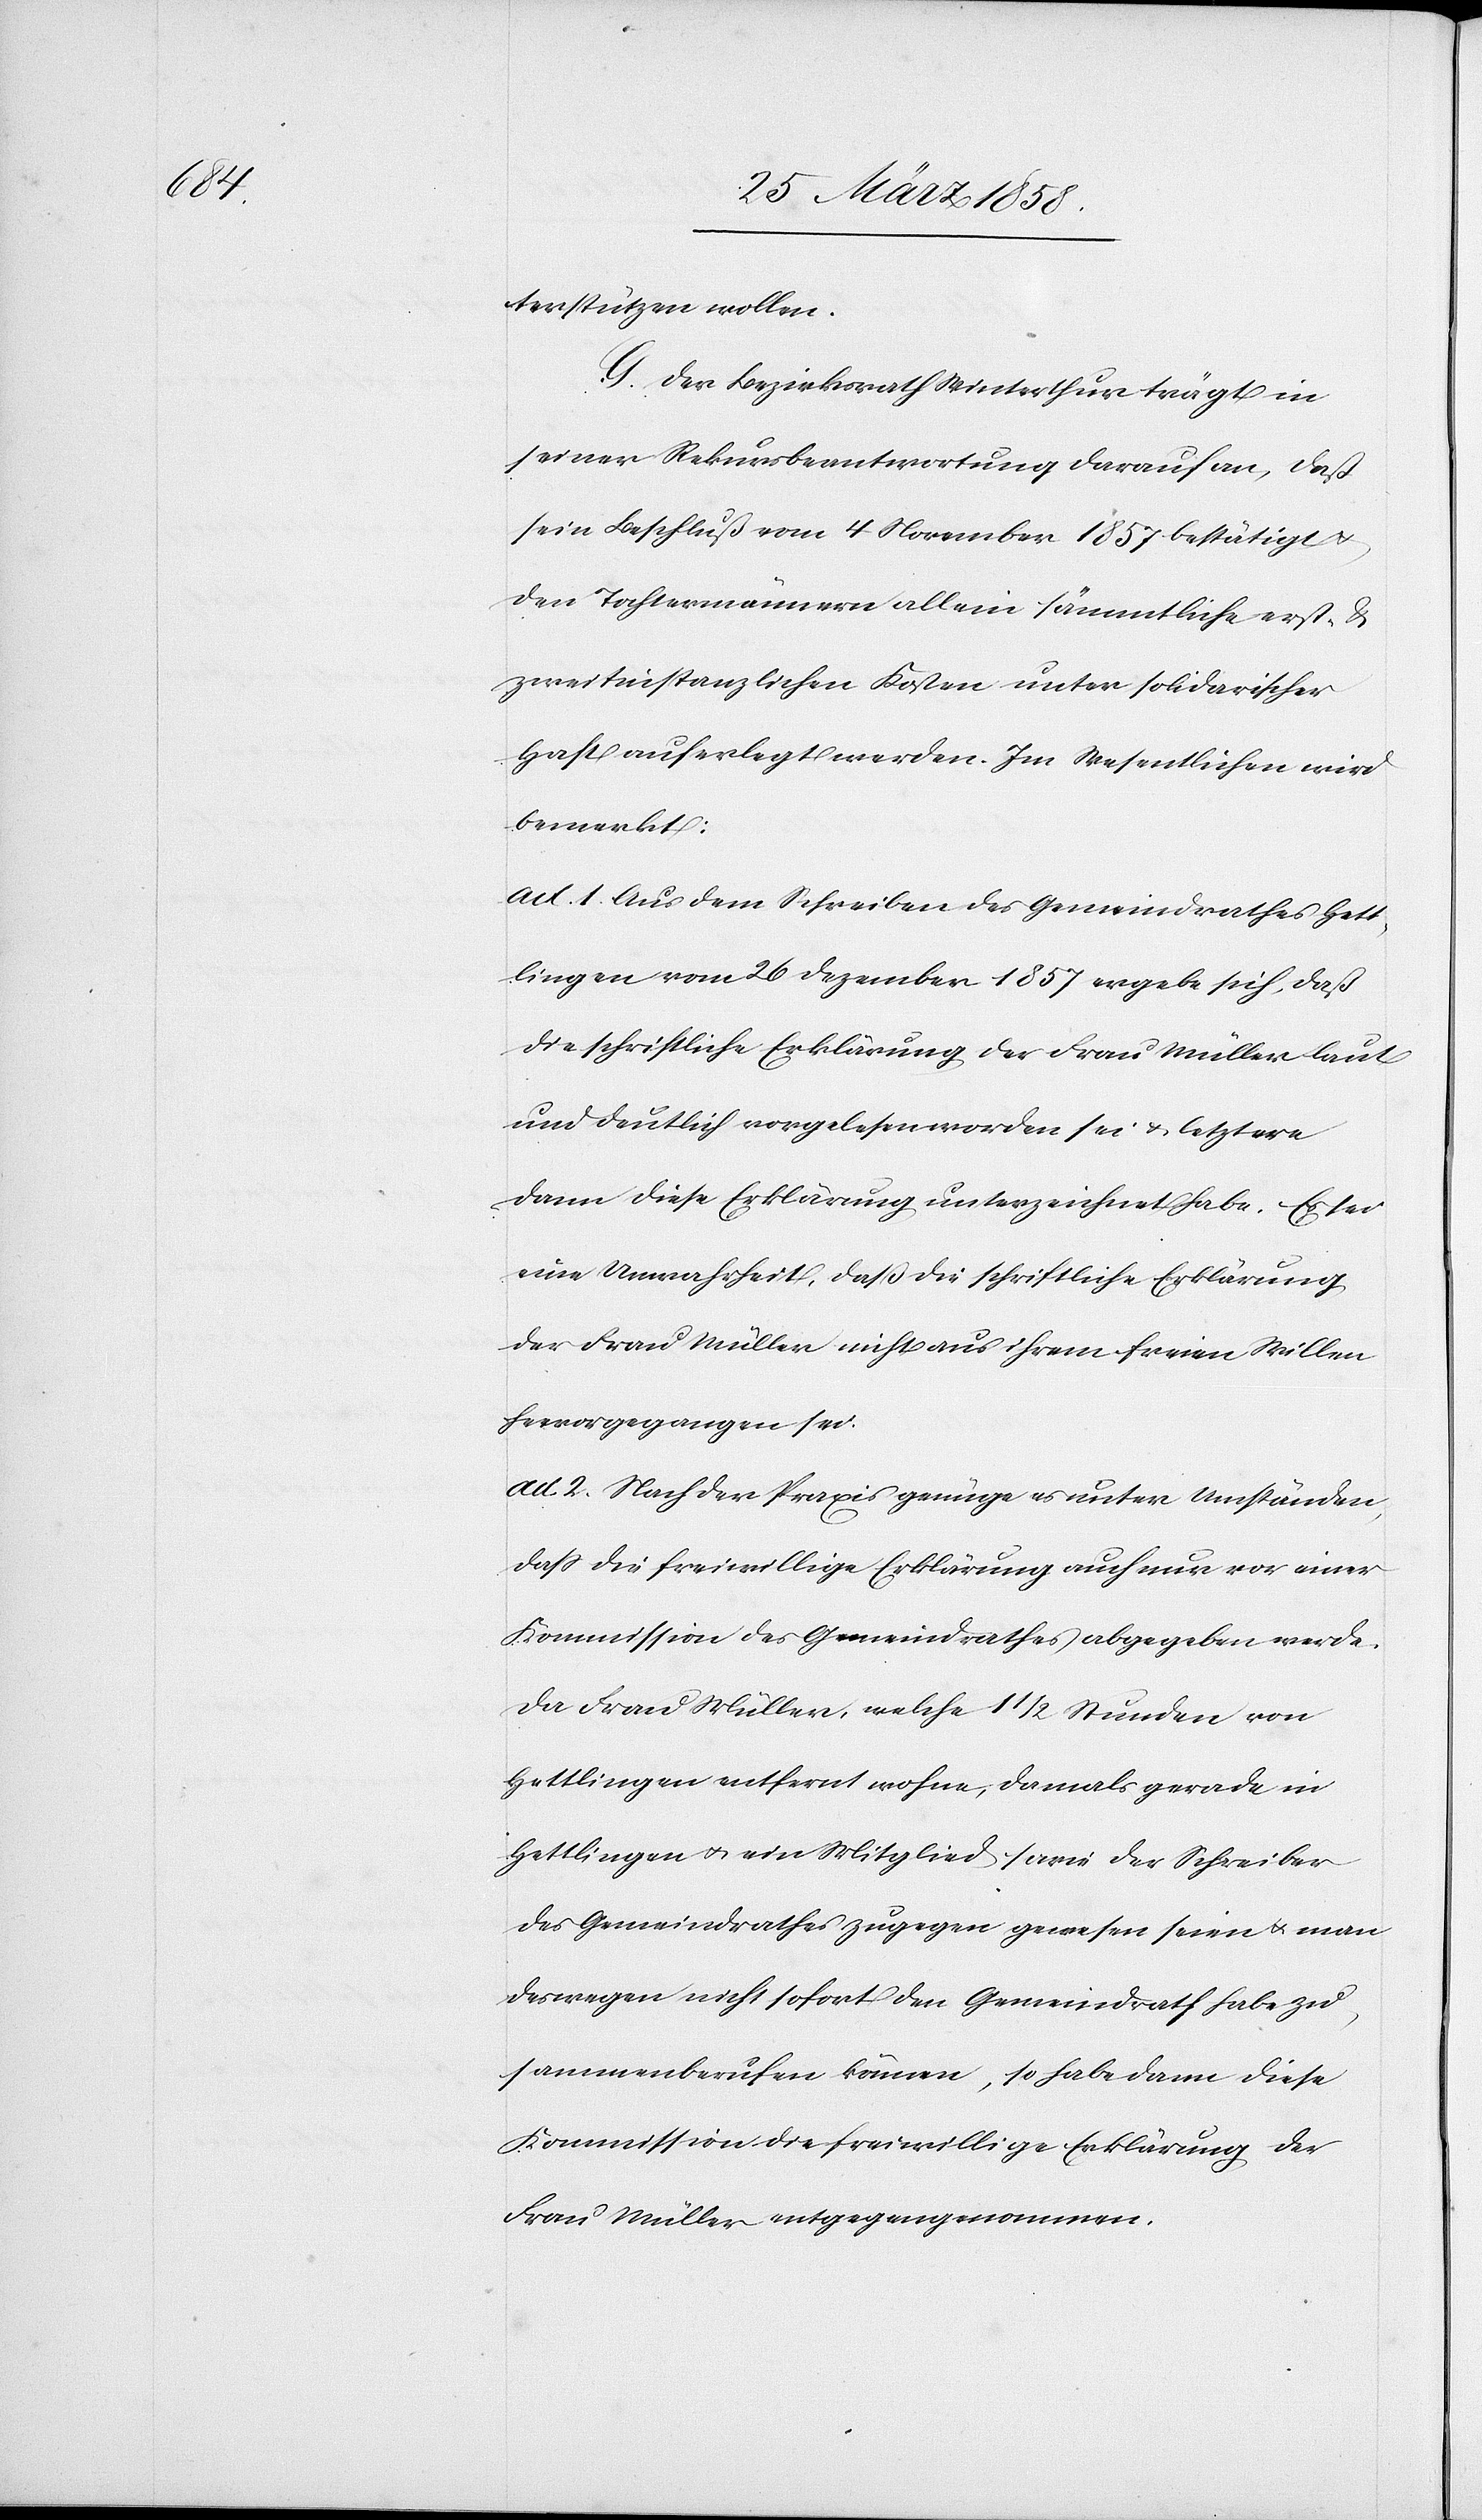
terstützen wollen.
G. Der Bezirksrath Winterthur trägt in
seiner Rekursbeantwortung darauf an, daß
sein Beschluß vom 4. November 1857 bestätigt u.
den Tochtermännern allein sämmtliche erst- &
zweitinstanzlichen Kosten unter solidarischer
Haft auferlegt werden. Im Wesentlichen wird
bemerkt:
ad. 1. Aus dem Schreiben des Gemeindrathes Hett¬
lingen vom 26. Dezember 1857 ergebe sich, daß
die schriftliche Erklärung der Frau Müller laut
und deutlich vorgelesen worden sei u. letztere
dann diese Erklärung unterzeichnet habe. Es sei
eine Unwahrheit, daß die schriftliche Erklärung
der Frau Müller nicht aus ihrem freien Willen
hervorgegangen sei.
ad. 2. Nach der Praxis genüge es unter Umständen,
daß die freiwillige Erklärung auch nur vor einer
Kommission des Gemeindrathes abgegeben werde.
Da Frau Müller, welche 11/2 Stunden von
Hettlingen entfernt wohne, damals gerade in
Hettlingen u. ein Mitglied sowie der Schreiber
des Gemeindrathes zugegen gewesen seien u. man
deswegen nicht sofort den Gemeindrath habe zu¬
sammenberufen können, so habe dann diese
Kommission die freiwillige Erklärung der
Frau Müller entgegengenommen.